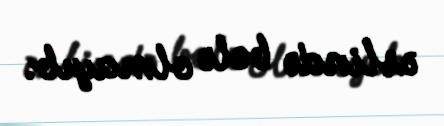
əslində belə olmayıb.